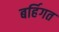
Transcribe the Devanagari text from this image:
बर्हिगत